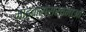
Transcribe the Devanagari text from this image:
माइक्रोसंरचनाओं